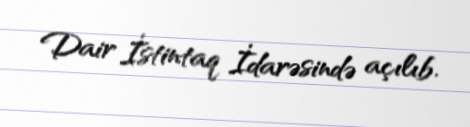
Dair İstintaq İdarəsində açılıb.